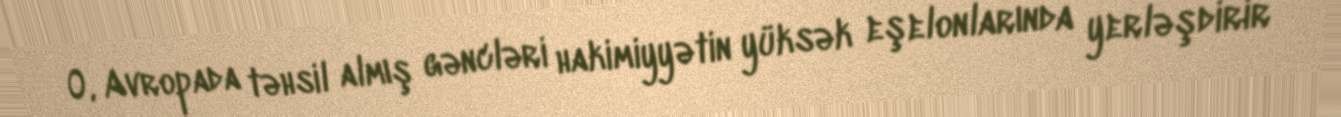
O, Avropada təhsil almış gəncləri hakimiyyətin yüksək eşelonlarında yerləşdirir